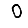
Digit: 0